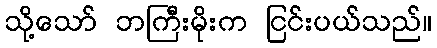
သို့သော် ဘကြီးမိုးက ငြင်းပယ်သည်။